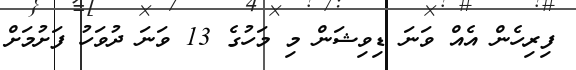
ފިރިހެން އެއް ވަނަ ޑިވިޝަން މި މަހުގެ 13 ވަނަ ދުވަހު ފަށުމަށް